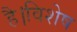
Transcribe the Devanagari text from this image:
है।विशेष